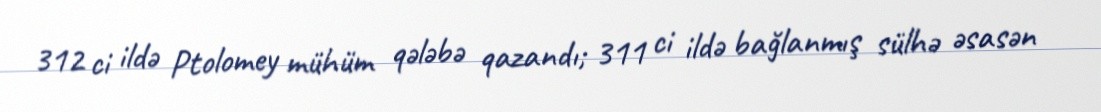
312 ci ildə Ptolomey mühüm qələbə qazandı; 311 ci ildə bağlanmış sülhə əsasən